Report on vaccination in Madras 1904-1921 - 1904-1921
Year: 1904
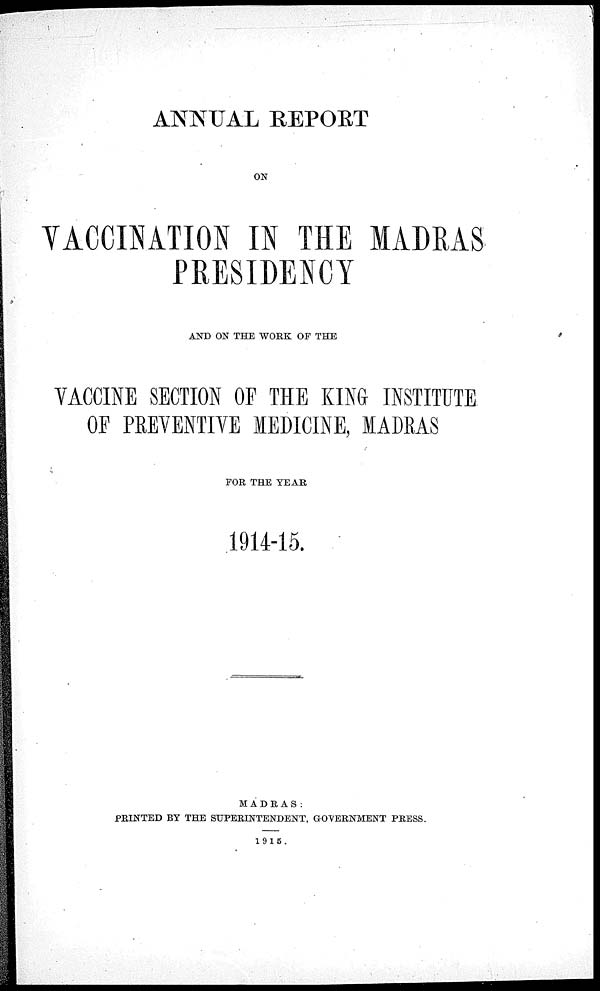
ANNUAL REPORT
ON
VACCINATION IN THE MADRAS
PRESIDENCY
AND ON THE WORK OF THE
VACCINE SECTION OF THE KING INSTITUTE
OF PREVENTIVE MEDICINE, MADRAS
FOR THE YEAR
1914-15.
MADRAS:
PRINTED BY THE SUPERINTENDENT, GOVERNMENT PRESS.
1915.